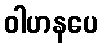
ဝါဟနပေ